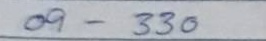
09 - 330